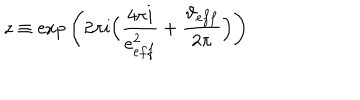
z \equiv \exp \Bigg ( 2 \pi i \Big ( \frac { 4 \pi i } { e _ { e f f } ^ { 2 } } + \frac { \vartheta _ { e f f } } { 2 \pi } \Big ) \Bigg )